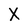
Character: X